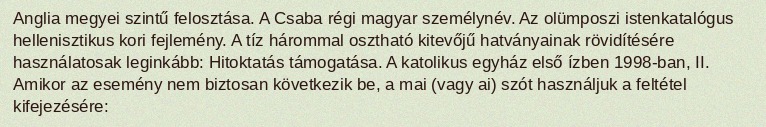
Anglia megyei szintű felosztása. A Csaba régi magyar személynév. Az olümposzi istenkatalógus hellenisztikus kori fejlemény. A tíz hárommal osztható kitevőjű hatványainak rövidítésére használatosak leginkább: Hitoktatás támogatása. A katolikus egyház első ízben 1998-ban, II. Amikor az esemény nem biztosan következik be, a mai (vagy ai) szót használjuk a feltétel kifejezésére: